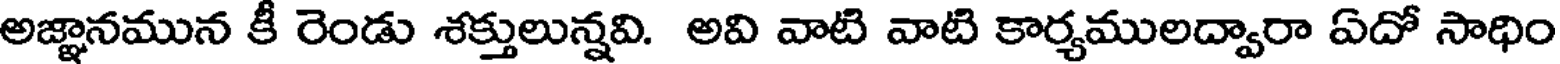
అజ్ఞానమున కీ రెండు శక్తులున్నవి. అవి వాటి వాటి కార్యములద్వారా ఏదో సాధిం